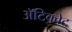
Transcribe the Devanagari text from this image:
अॅटिक्वेट